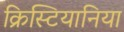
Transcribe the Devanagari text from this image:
क्रिस्टियानिया